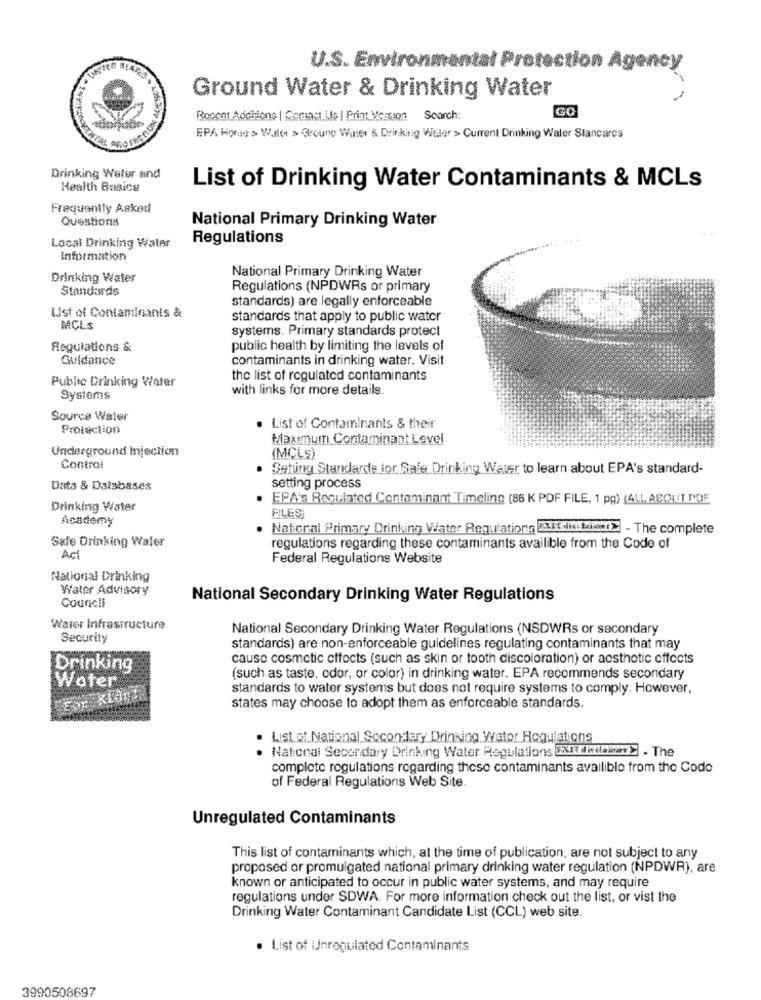
U.S. Environmental Protection Agency
Ground Water & Drinking Water
GO
Recent Additione | Samast.Le I Print Version Search:
EPA Home > Walet > Groung Waiet & Drinking Water > Current Drinking Water Stancarcs
Drinking Walur and
Health Basica
List of Drinking Water Contaminants & MCLs
Frequently Asked
Questions
National Primary Drinking Water
Local Drinking Water
Regulations
Information
National Primary Drinking Water
Drinking Water
Standards
Regulations (NPDWRs or primary
standards) are legally enforceable
List of Contaminants &
standards that apply to public water
MCLS
systems. Primary standards protect
Regulations &
public health by limiting the levels of
Guidance
contaminants in drinking water. Visit
Public Drinking Water
the list of regulated contaminants
with links for more details.
Systems
Source Water
Protection
. List of Contaminants & their
Maximum Contaminant Level
Underground Injection
(MCLS)
Control
Setting Standards for Sale Drinking Water to learn about EPA's standard-
setting process
Data & Databases
. EPA's Requinted Contaminant Timeline (86 K PDF FILE, 1 pg) {ALL ABOUT PDF
Drinking Water
Academy
BLES
National Primary Drinking Water Regulations VisitE. - The complete
Safe Drinking Water
regulations regarding these contaminants availible from the Code of
Act
Federal Regulations Website
National Drinking
Water Advisory
Council
National Secondary Drinking Water Regulations
Water Infrastructure
National Secondary Drinking Water Regulations (NSDWRs or secondary
Security
standards) are non-enforceable guidelines regulating contaminants that may
cause cosmetic effects (such as skin or tooth discoloration) or aesthetic effects
Drinking
(such as taste, odor, or color) in drinking water. EPA recommends secondary
Water
standards to water systems but does not require systems to comply. However,
states may choose to adopt them as enforceable standards.
· List of National Socondary Drinking Water Hogulations
. National Secondary Drinking Water Regulations DXX Ruby - The
complete regulations regarding these contaminants availible from the Code
of Federal Regulations Web Site.
Unregulated Contaminants
This list of contaminants which, at the time of publication, are not subject to any
proposed or promulgated national primary drinking water regulation (NPDWR), are
known or anticipated to occur in public water systems, and may require
regulations under SDWA. For more information check out the list, or vist the
Drinking Water Contaminant Candidate List (CCL) web site.
· List of Unregulated Contaminants
3990508697